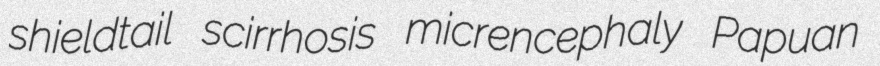
shieldtail scirrhosis micrencephaly Papuan